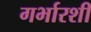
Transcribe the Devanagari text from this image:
गर्भारशी